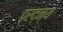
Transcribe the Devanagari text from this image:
प्रद्न्य